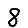
Digit: 8